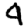
Digit: 4